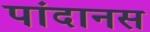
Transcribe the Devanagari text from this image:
पांदानस